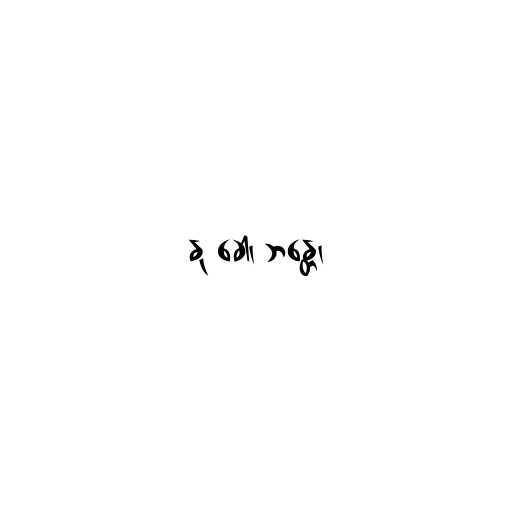
နု ခေါ၊ ဘန္တေ၊